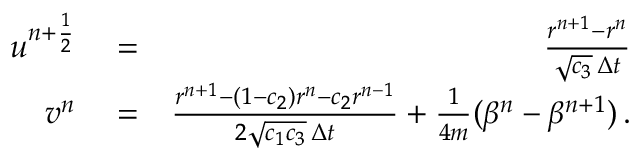
\begin{array} { r l r } { u ^ { n + \frac { 1 } { 2 } } } & { { } = } & { \frac { r ^ { n + 1 } - r ^ { n } } { \sqrt { c _ { 3 } } \, \Delta { t } } } \\ { v ^ { n } } & { { } = } & { \frac { r ^ { n + 1 } - ( 1 - c _ { 2 } ) r ^ { n } - c _ { 2 } r ^ { n - 1 } } { 2 \sqrt { c _ { 1 } c _ { 3 } } \, \Delta { t } } + \frac { 1 } { 4 m } ( \beta ^ { n } - \beta ^ { n + 1 } ) \, . } \end{array}